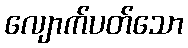
လျောက်ပတ်သော